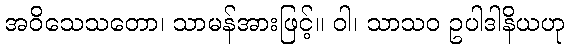
အဝိသေသတော၊ သာမန်အားဖြင့်။ ဝါ၊ သာသဝ ဥပါဒါနိယဟု